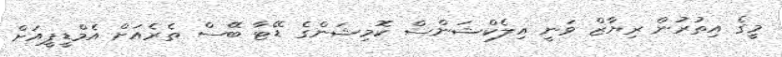
މީގެ އިތުރުން ރިޔާޒް ވަނީ އިލެކްޝަންސް ކޮމިޝަންގެ ޑޭޓާ ބޭސް ތެރެއަށް އެމްޑީޕީއަށް